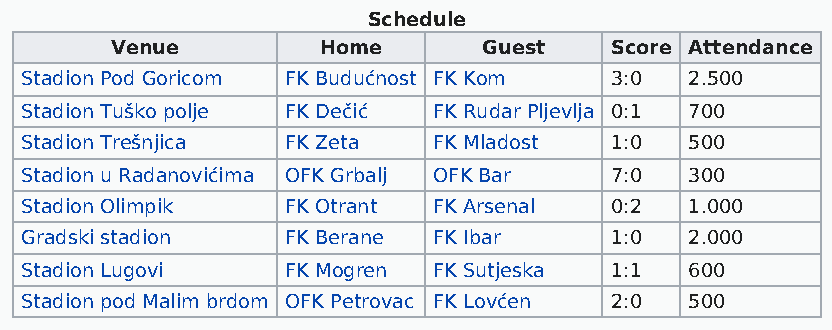
Schedule
 Venue         Home       Guest   Score Attendance
 Stadion Pod Goricom FK Budućnost FK Kom 3:0  2.500
 Stadion Tuško polje FK Dečić FK Rudar Pljevlja 0:1 700
 Stadion Trešnjica FK Zeta   FK Mladost 1:0   500
 Stadion u Radanovićima OFK Grbalj OFK Bar 7:0 300
 Stadion Olimpik   FK Otrant FK Arsenal 0:2   1.000
 Gradski stadion   FK Berane FK Ibar    1:0   2.000
 Stadion Lugovi    FK Mogren FK Sutjeska 1:1  600
 Stadion pod Malim brdom OFK Petrovac FK Lovćen 2:0 500